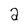
Character: 2